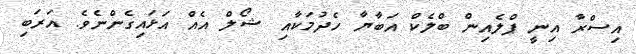
އިސްރާ އިނީ ޕްލެއިން ބްލެކް އަބާޔާ ހެދުމަކާއި ޝޯލް އެއް އަޅައިގެންނެވެ. އަރަބި